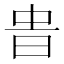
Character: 𣆊